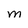
Character: m